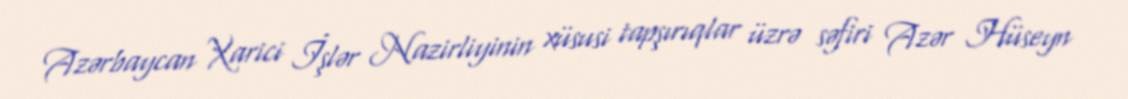
Azərbaycan Xarici İşlər Nazirliyinin xüsusi tapşırıqlar üzrə səfiri Azər Hüseyn